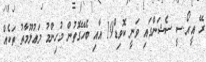
ރޭ އީ.އޯ.ސީ ސެޝަންގައި ވަނީ ކޮވިޑް19 އާއި ބެހޭގޮތުން މުހިންމު މަޢުލޫމާތު ތަކެއް